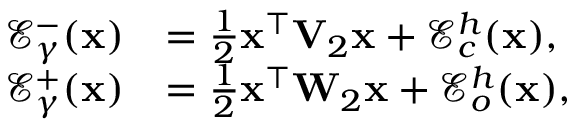
\begin{array} { r l } { \mathcal { E } _ { \gamma } ^ { - } ( \mathbf { x } ) } & { = \frac { 1 } { 2 } \mathbf { x } ^ { \top } \mathbf { V } _ { 2 } \mathbf { x } + \mathcal { E } _ { c } ^ { h } ( \mathbf { x } ) , } \\ { \mathcal { E } _ { \gamma } ^ { + } ( \mathbf { x } ) } & { = \frac { 1 } { 2 } \mathbf { x } ^ { \top } \mathbf { W } _ { 2 } \mathbf { x } + \mathcal { E } _ { o } ^ { h } ( \mathbf { x } ) , } \end{array}